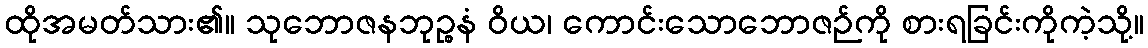
ထိုအမတ်သား၏။ သုဘောဇနဘုဉ္စနံ ဝိယ၊ ကောင်းသောဘောဇဉ်ကို စားရခြင်းကိုကဲ့သို့။